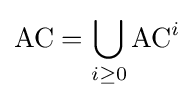
{\mbox{AC}}=\bigcup _{i\geq 0}{\mbox{AC}}^{i}